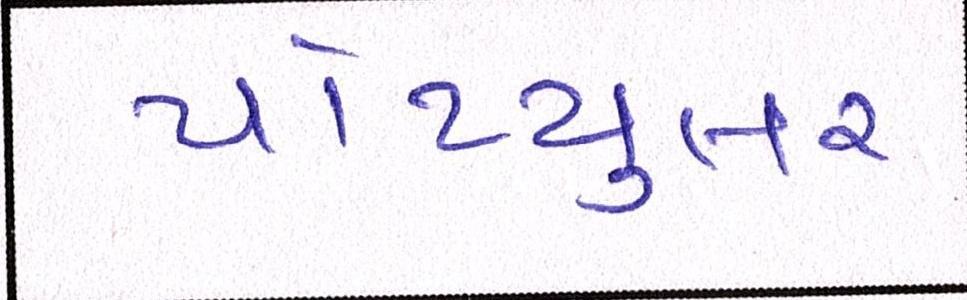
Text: પોપ્યુલર